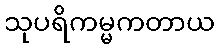
သုပရိကမ္မကတာယ